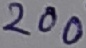
Text: 200